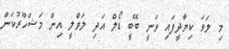
މި ލަވަ ކިޔާދީފައި ވަނީ ބޭބީ ޑޯލް އަދި ލަވްލީ އިން މަޝްހޫރުކަން